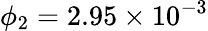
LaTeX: \phi_{2}=2.95\times 10^{-3}